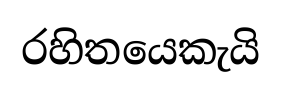
රහිතයෙකැයි